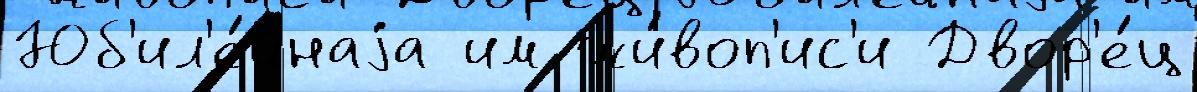
Юб'ил'е́йнаjа им жи́воп'ис'и Двор'е́ц